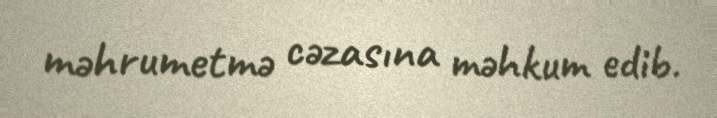
məhrumetmə cəzasına məhkum edib.